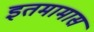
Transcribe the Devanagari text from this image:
इतमामास